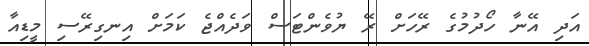
އަދި އޭނާ ހޯދުމުގެ ރޭހަށް ރޭ ޔުވެންޓަސް ވަދެއްޖެ ކަމަށް އިނގިރޭސި މީޑިއާ